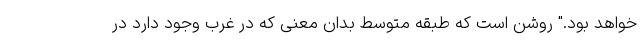
خواهد بود." روشن است که طبقه متوسط بدان معنی که در غرب وجود دارد در